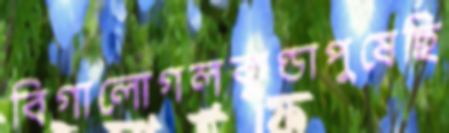
বিগালোগলকুণ্ডাপুষেছি